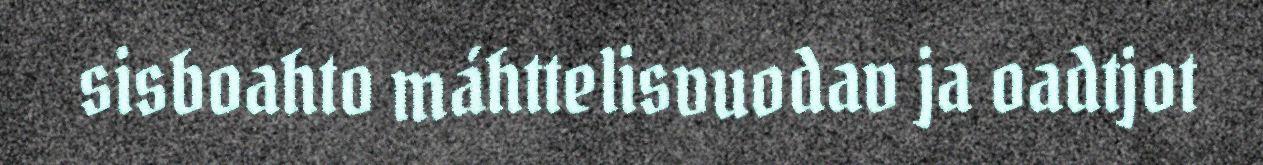
sisboahto máhttelisvuodav ja oadtjot